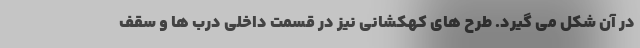
در آن شکل می گیرد. طرح های کهکشانی نیز در قسمت داخلی درب ها و سقف